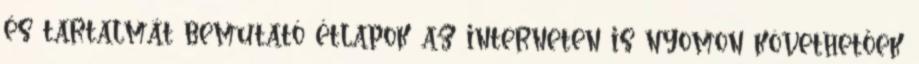
és tartalmát bemutató étlapok az interneten is nyomon követhetőek